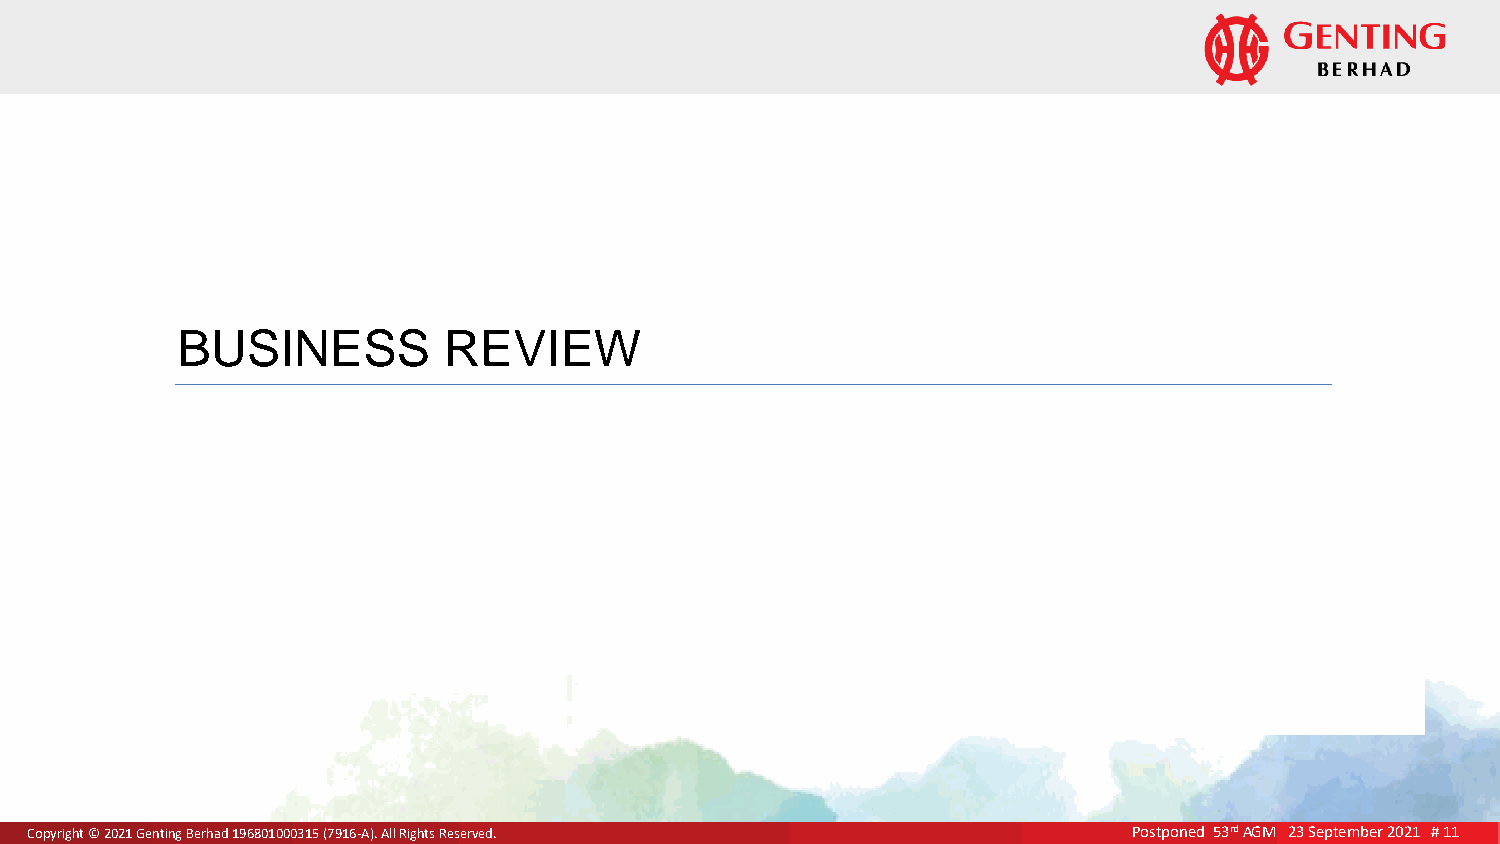
BUSINESS         REVIEW
 CCCooopppyyyrrriiiggghhhttt ©©© 222000222001 GGGeeennntttiiinnnggg BBBeeerrrhhhaaaddd 111999666888000111000000000333111555 (((777999111666---AAA)))... AAAllllll RRRiiiggghhhtttsss RRReeessseeerrrvvveeeddd... Postponed 53rd5 A2GnMd5 3A 2rd3G A SMGeMp t2 e2m2 Ju bJneuer n2200e22 112 0 ##2 11011